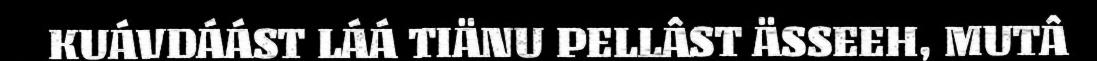
KUÁVDÁÁST LÁÁ TIÄNU PELLÂST ÄSSEEH, MUTÂ